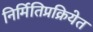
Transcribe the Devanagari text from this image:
निर्मितिप्रक्रियेत